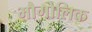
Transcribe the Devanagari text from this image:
भौगोलिक